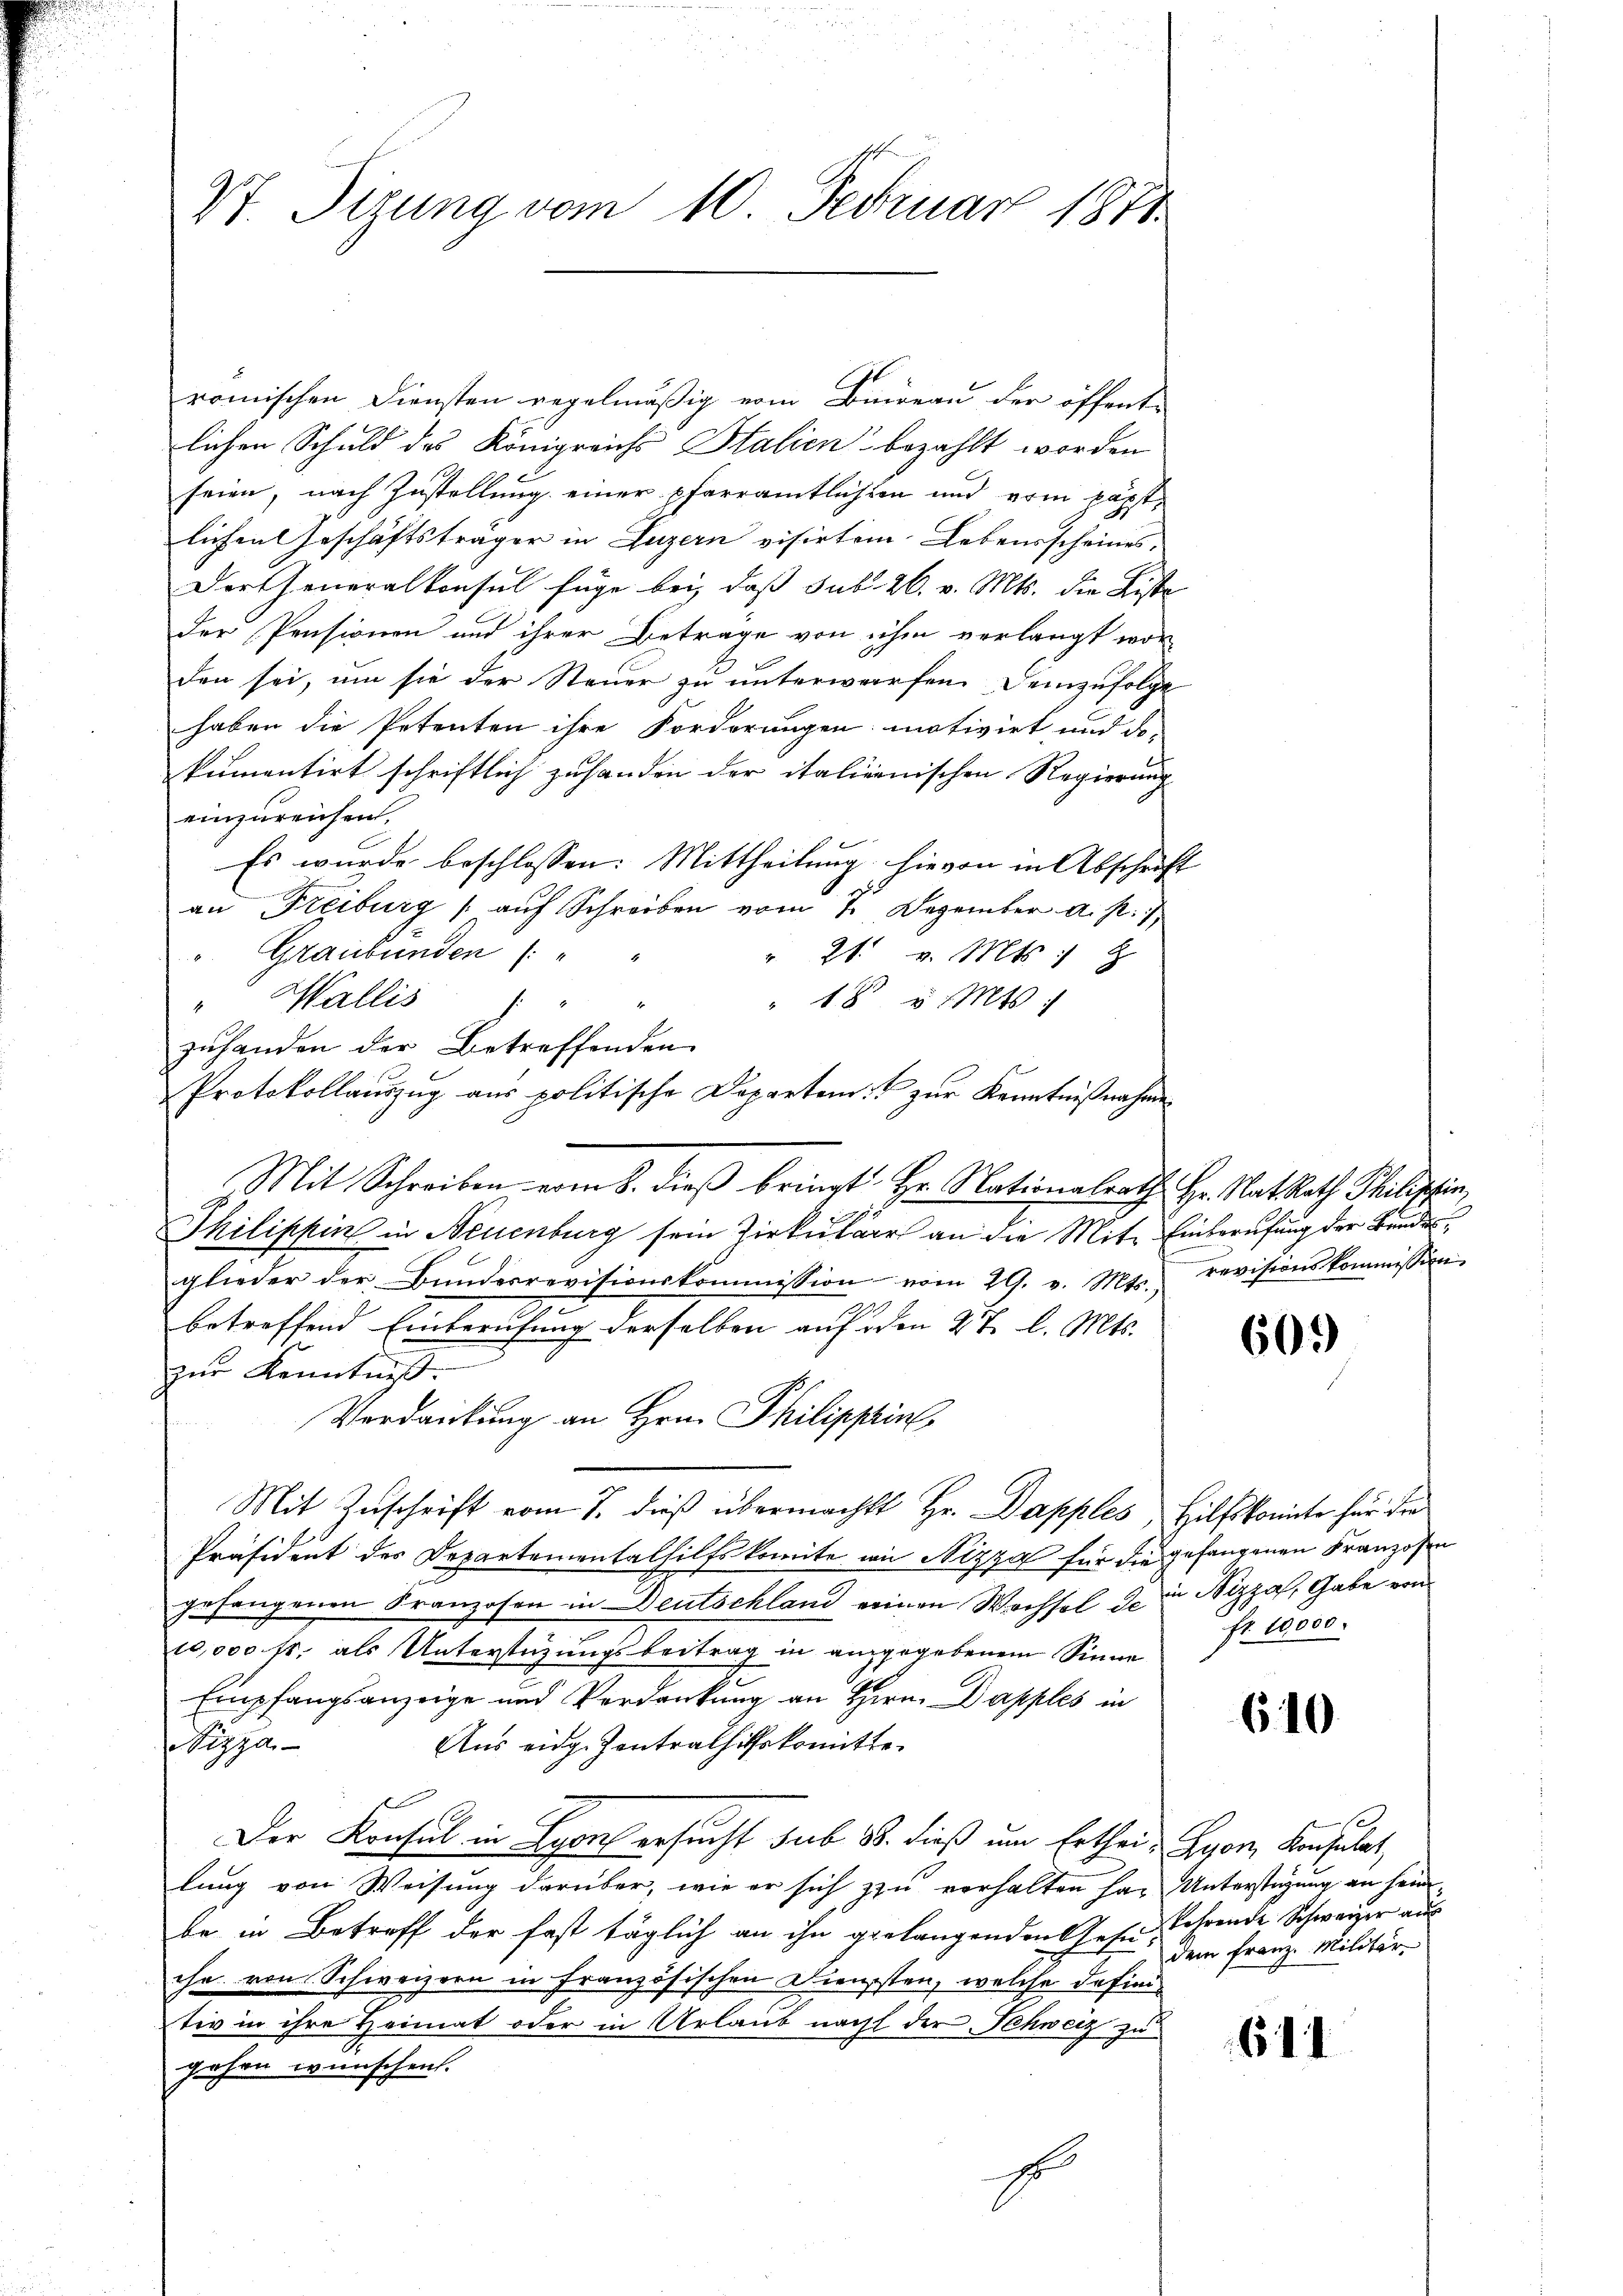
romischen Diensten regelmäßig vom Bureau der öffent-
lichen Schuld des Königreichs Italien bezahlt worden
seien, nach Zustellung einer pfarramtlichten und vom päpstlichen Geschäftsträger in Luzern visirten-Lebensscheines
Der Generalkonsul füge bei, daß Sub. 26. v. Mts. die Liste
der Pensionen und ihrer Betrage von ihm verlangt wor-
den sei, um sie der Steuer zu unterwerfen. Demzufolge
haben die Petenten ihre Forderungen motivirt und de
kumentirt schriftlich zu handen der italienischen Regierung
einzureichen.
Es wurde beschlossen: Mittheilung hievon in Abschrift
an Freiburg (auf Schreiben vom 7. Dezember a. p. 1
" Graubünden (:
" 21. v. Mts. Z
" 18 v. Mts.
" Wallis
zŭhanden der Betreffenden
Mit Schreiben vom 8. dieß bringt Hr. Nationalrath Hr. Nat. Rath Philischen,
A
Thilippin in Neuenburg sein Zirkular an die Mit Einberufung der Bundesglieder der Bŭndesrevisionskommission vom 29. v. Mts. revisionskommission
betreffend Einberufung derselben auf den 8t. l. Mts.
zur Kenntniß.
Verdankung an Hrn. Philippins
Mit Zuschrift vom 7. dieß übermacht Hr. Dapples, Hilfskomite für die
Präsident des Departemental hilfskomite in Nizza für die gefangenen Franzosen
gefangenen Franzosen in Deutschland einen Wechsel den Nizza, Gabe von
10,000 fr. als Unterstützŭngsbeitrag in angegebenem Sinne fr. 2000.
Empfangsanzeige und Verdankung an Hrn. Dapples in
Aus eidg. Zentrathilfskomitte
izza
Der Konsul in Lyon ersucht sub 88. dieß um Ertheil Lyon Konsulat
lung von Weisung darüber, wie er sich zu verhalten har Unterstüzung an seine
be in Betreff der fast täglich an ihn gelangenden Gesin, lehrende Schweizer aus
che von Schweizern in Französischen Diensten, welche defini
tiv in ihre Heimat oder in Urlaub nacht der Schweiz zu
gehen wünschen.
E

Vt. Sizung vom 10. Februar 1871

Protokollaŭszŭg aŭs politische Departen u zŭr Kenntniβnahme

60

610

dem Franz. Militär-

61.